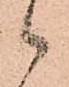
々